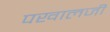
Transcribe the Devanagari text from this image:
पखालजी